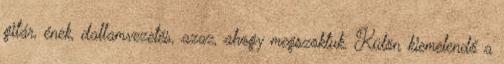
gitár, ének, dallamvezetés, azaz, ahogy megszoktuk. Külön kiemelendő a